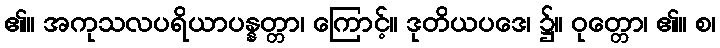
၏။ အကုသလပရိယာပန္နတ္တာ၊ ကြောင့်။ ဒုတိယပဒေ၊ ၌။ ဝုတ္တော၊ ၏။ စ၊